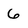
Character: 6